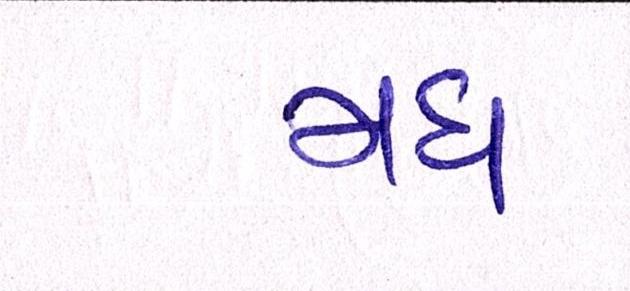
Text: મધ